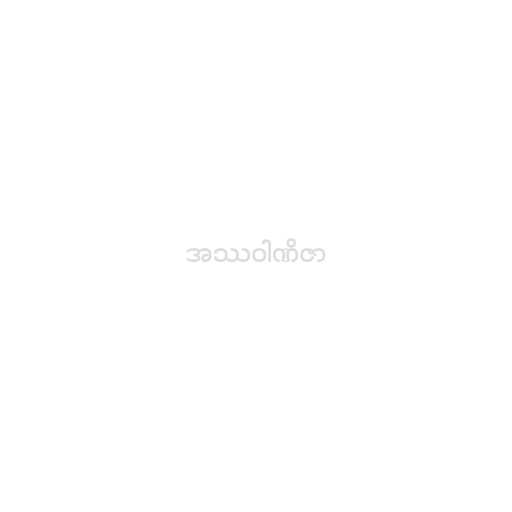
အဿဝါဏိဇာ